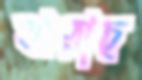
ঝরাচ্